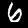
Label: 6